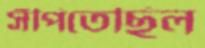
সঁপিতেছিল